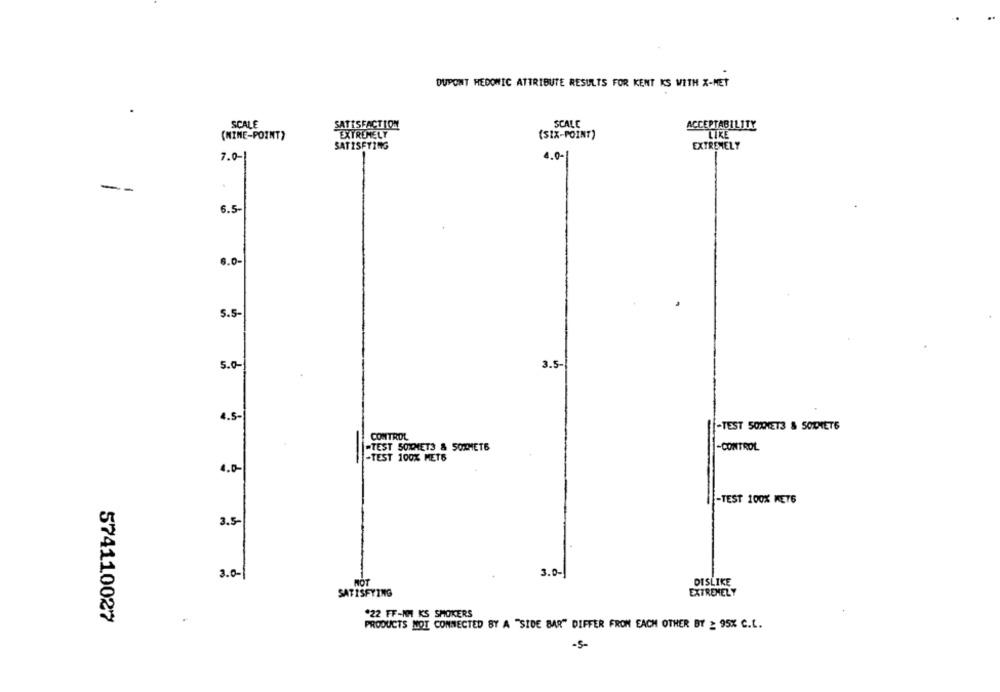
DUPONT HEDOMIC ATTRIBUTE RESULTS FOR KENT KS WITH X-MET
SCALE
SATISFACTION
SCALE
ACCEPTABILITY
(MINE-POINT)
EXTREMELY
(SIX-POINT)
LIKE
EXTREMELY
SATISFYING
7.0-
4.0-
--
6.5
6.0-
5.5
5.0-
3.5-
4.5-
-TEST 50XNET3 & SOTHETS
CONTROL
-TEST SOTHETS & SOXMETE
-CONTROL
-TEST 100% METS
4.0-
-TEST 100% KET6
3.5-
3.0-1
3.0-
NOT
DISLIKE
SATISFYING
EXTREMELY
*22 FF-NH KS SMOKERS
574110027
.
PRODUCTS NOT CONNECTED BY A "SIDE BAR" DIFFER FROM EACH OTHER BY : 95% C.L.
-5-